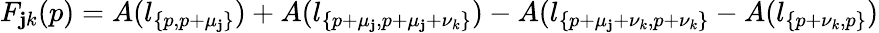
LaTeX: F_{\mathbf{j}k}(p)=A(l_{\{ p,p+\mu_{\mathbf{j}}\} })+A(l_{\{ p+\mu_{\mathbf{j}},p+\mu_{\mathbf{j}}+\nu_{k}\} })-A(l_{\{ p+\mu_{\mathbf{j}}+\nu_{k},p+\nu_{k}\} }-A(l_{\{ p+\nu_{k},p\} })